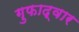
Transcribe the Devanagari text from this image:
गुफाद्वार